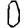
Digit: 0